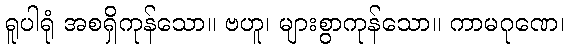
ရူပါရုံ အစရှိကုန်သော။ ဗဟူ၊ များစွာကုန်သော။ ကာမဂုဏေ၊